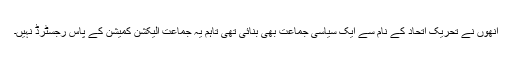
انھوں نے تحریک اتحاد کے نام سے ایک سیاسی جماعت بھی بنائی تھی تاہم یہ جماعت الیکشن کمیشن کے پاس رجسٹرڈ نہیں۔